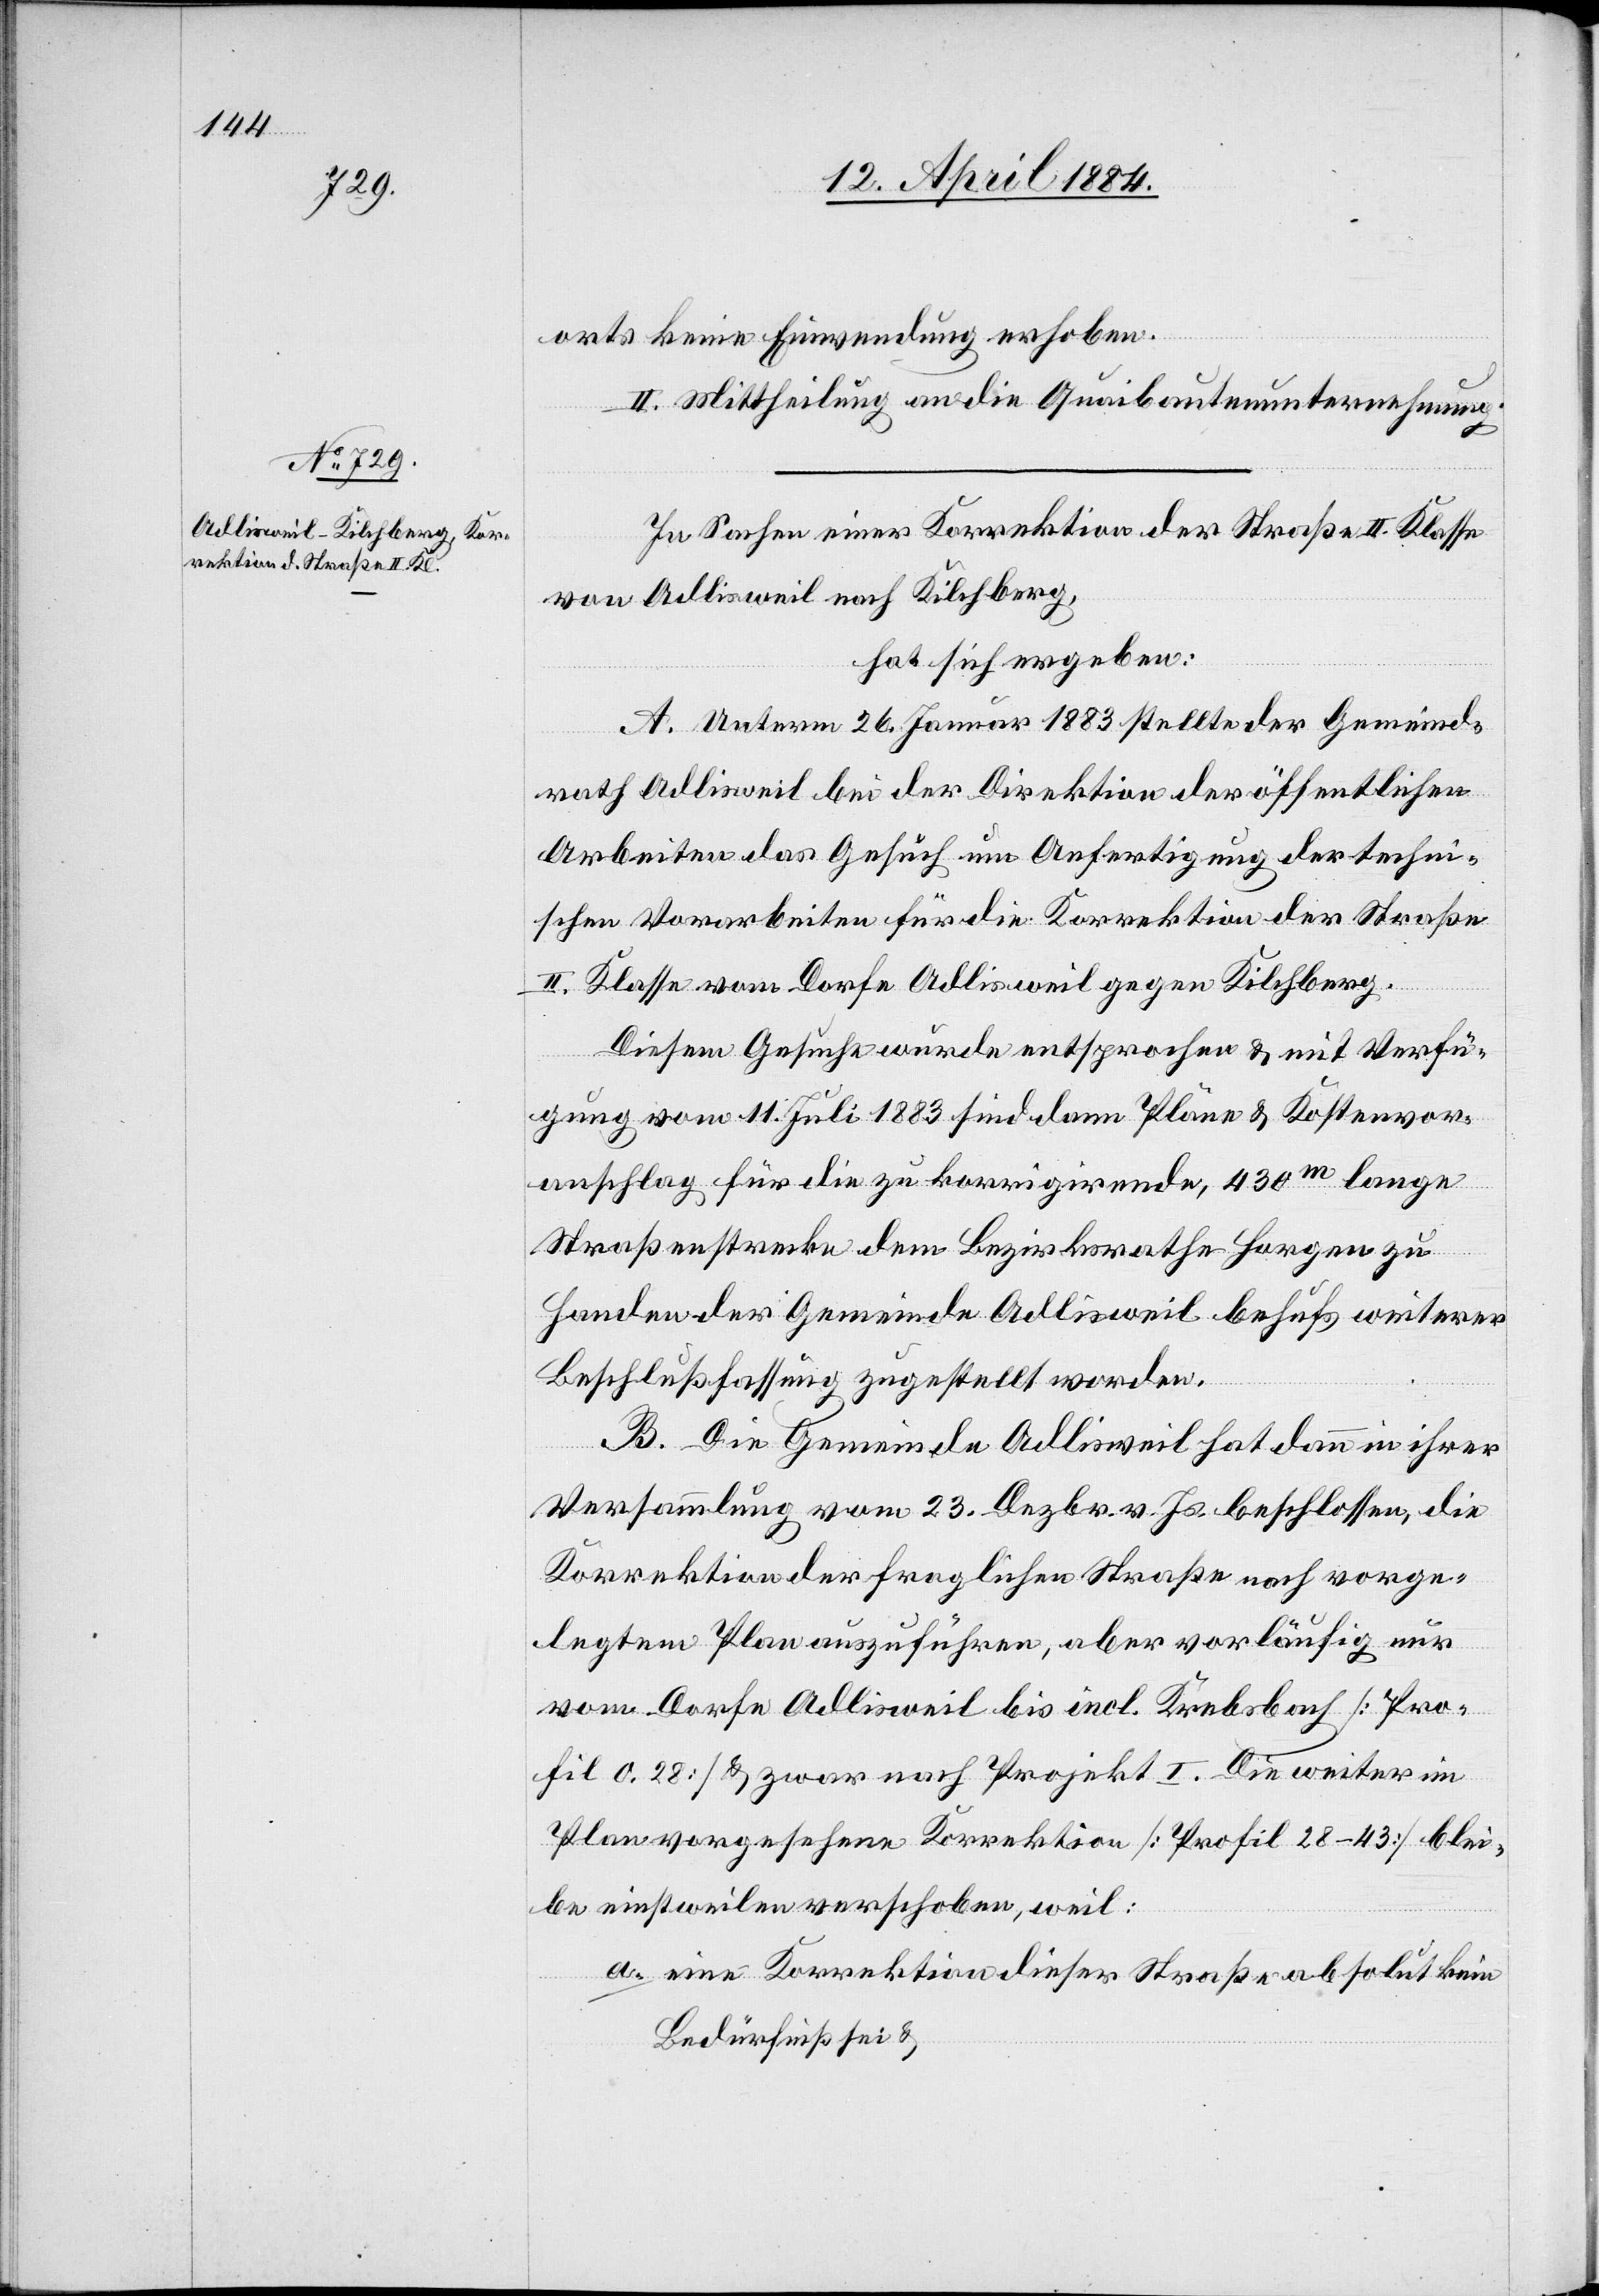
orts keine Einwendung erhoben.
II. Mittheilung an die Quaibautenunternehmung.
In Sachen einer Korrektion der Straße II. Klasse
von Adlisweil nach Kilchberg,
hat sich ergeben:
A. Unterm 26. Januar 1883 stellte der Gemeind¬
rath Adlisweil bei der Direktion der öffentlichen
Arbeiten das Gesuch um Anfertigung der techni¬
schen Vorarbeiten für die Korrektion der Straße
II. Klasse vom Dorfe Adlisweil gegen Kilchberg.
Diesem Gesuche wurde entsprochen & mit Verfü¬
gung vom 11. Juli 1883 sind dann Pläne & Kostenvor¬
anschlag für die zu korrigirende, 430m lange
Straßenstrecke dem Bezirksrathe Horgen zu
Handen der Gemeinde Adlisweil behufs weiterer
Beschlußfassung zugestellt worden.
B. Die Gemeinde Adlisweil hat dann in ihrer
Versammlung vom 23. Dezbr. v. Js. beschlossen, die
Korrektion der fraglichen Straße nach vorge¬
legtem Plan auszuführen, aber vorläufig nur
vom Dorfe Adlisweil bis incl. Krebsbach [Pro¬
fil 0.28] & zwar nach Projekt I. Die weiter im
Plan vorgesehene Korrektion [Profil 28–43] blei¬
be einstweilen verschoben, weil:
a. eine Korrektion dieser Straße absolut kein
Bedürfniß sei &